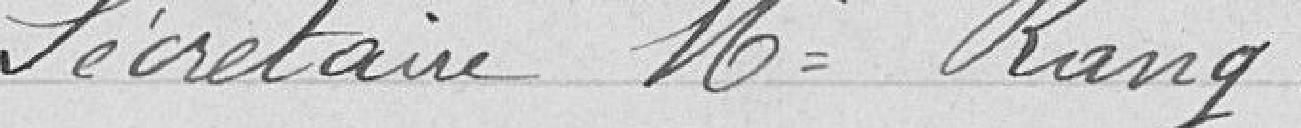
Secrétaire  M. Rang